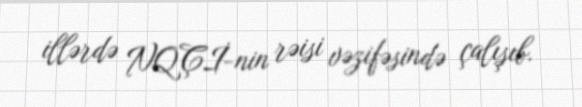
illərdə NQÇİ-nin rəisi vəzifəsində çalışıb.